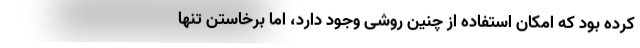
کرده بود که امکان استفاده از چنین روشی وجود دارد، اما برخاستن تنها